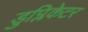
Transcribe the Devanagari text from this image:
डुप्लिकेटर